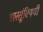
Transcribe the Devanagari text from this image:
वास्तूंविषयी